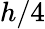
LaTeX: h/4